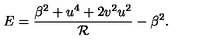
E = \frac { \beta ^ { 2 } + u ^ { 4 } + 2 v ^ { 2 } u ^ { 2 } } { \mathcal { R } } - \beta ^ { 2 } .